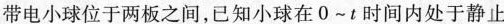
带电小球位于两板之间，已知小球在0~t时间内处于静止